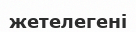
жетелегені